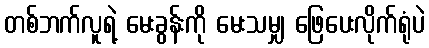
တစ်ဘက်လူရဲ့ မေးခွန်းကို မေးသမျှ ဖြေပေးလိုက်ရုံပဲ